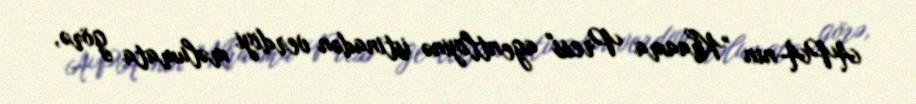
APA-nın "Khaama Press" agentliyinə istinadən verdiyi məlumata görə,